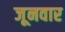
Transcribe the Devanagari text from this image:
जूनवार